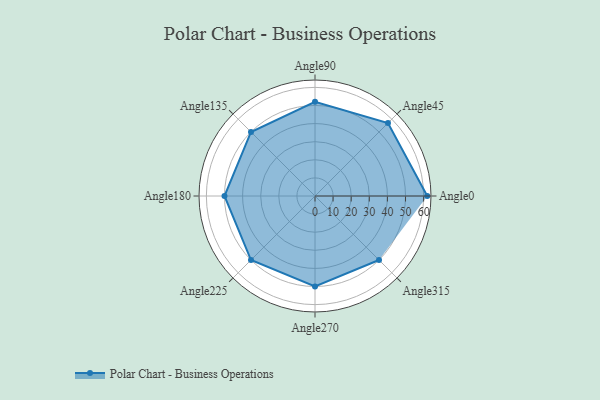
{"axis": {"x": "Angle", "y": "Radius"}, "legend": [""], "data": [{"x": "Angle0", "y": 62.0, "type": ""}, {"x": "Angle45", "y": 57.0, "type": ""}, {"x": "Angle90", "y": 52.0, "type": ""}, {"x": "Angle135", "y": 50, "type": ""}, {"x": "Angle180", "y": 50, "type": ""}, {"x": "Angle225", "y": 50, "type": ""}, {"x": "Angle270", "y": 50, "type": ""}, {"x": "Angle315", "y": 50, "type": ""}]}